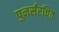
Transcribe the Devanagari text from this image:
पुनर्संरचित